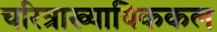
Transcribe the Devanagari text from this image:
चरित्राख्यायिककल